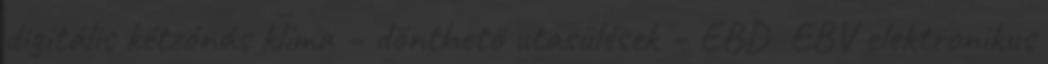
digitális kétzónás klíma – dönthető utasülések – EBD EBV elektronikus